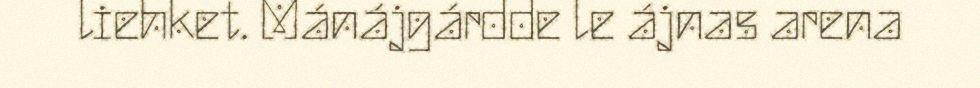
liehket. Mánájgárdde le ájnas arena